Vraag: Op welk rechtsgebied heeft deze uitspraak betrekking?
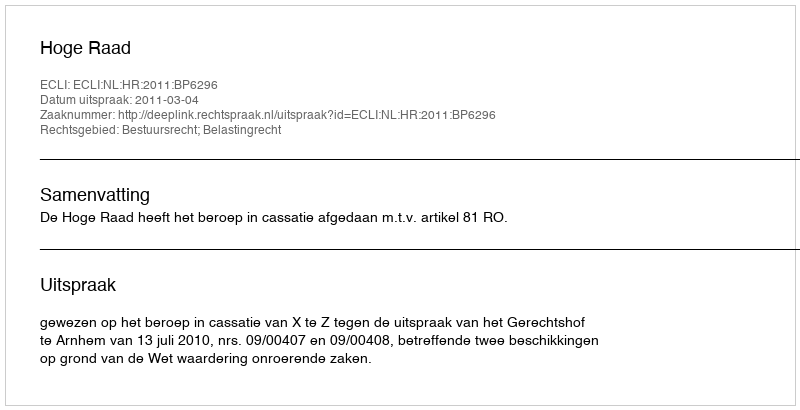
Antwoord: Bestuursrecht; Belastingrecht